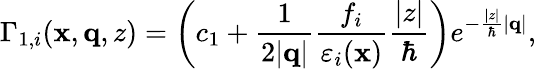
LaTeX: \Gamma_{1,i}(\mathbf{x},\mathbf{q},z)=\bigg(c_{1}+\frac{1}{2|\mathbf{q}|}\frac{f_{i}}{\varepsilon_{i}(\mathbf{x})}\frac{|z|}{\hbar}\bigg)e^{-\frac{|z|}{\hbar}|\mathbf{q}|},